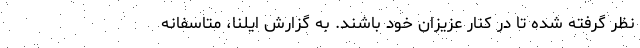
نظر گرفته شده تا در کنار عزیزان خود باشند. به گزارش ایلنا، متاسفانه